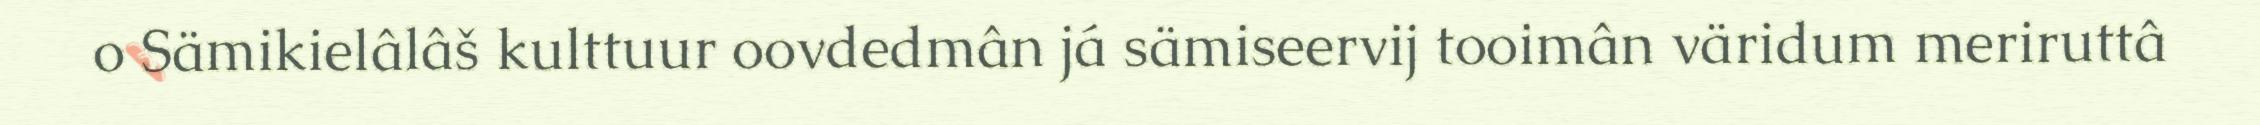
o Sämikielâlâš kulttuur oovdedmân já sämiseervij tooimân väridum meriruttâ